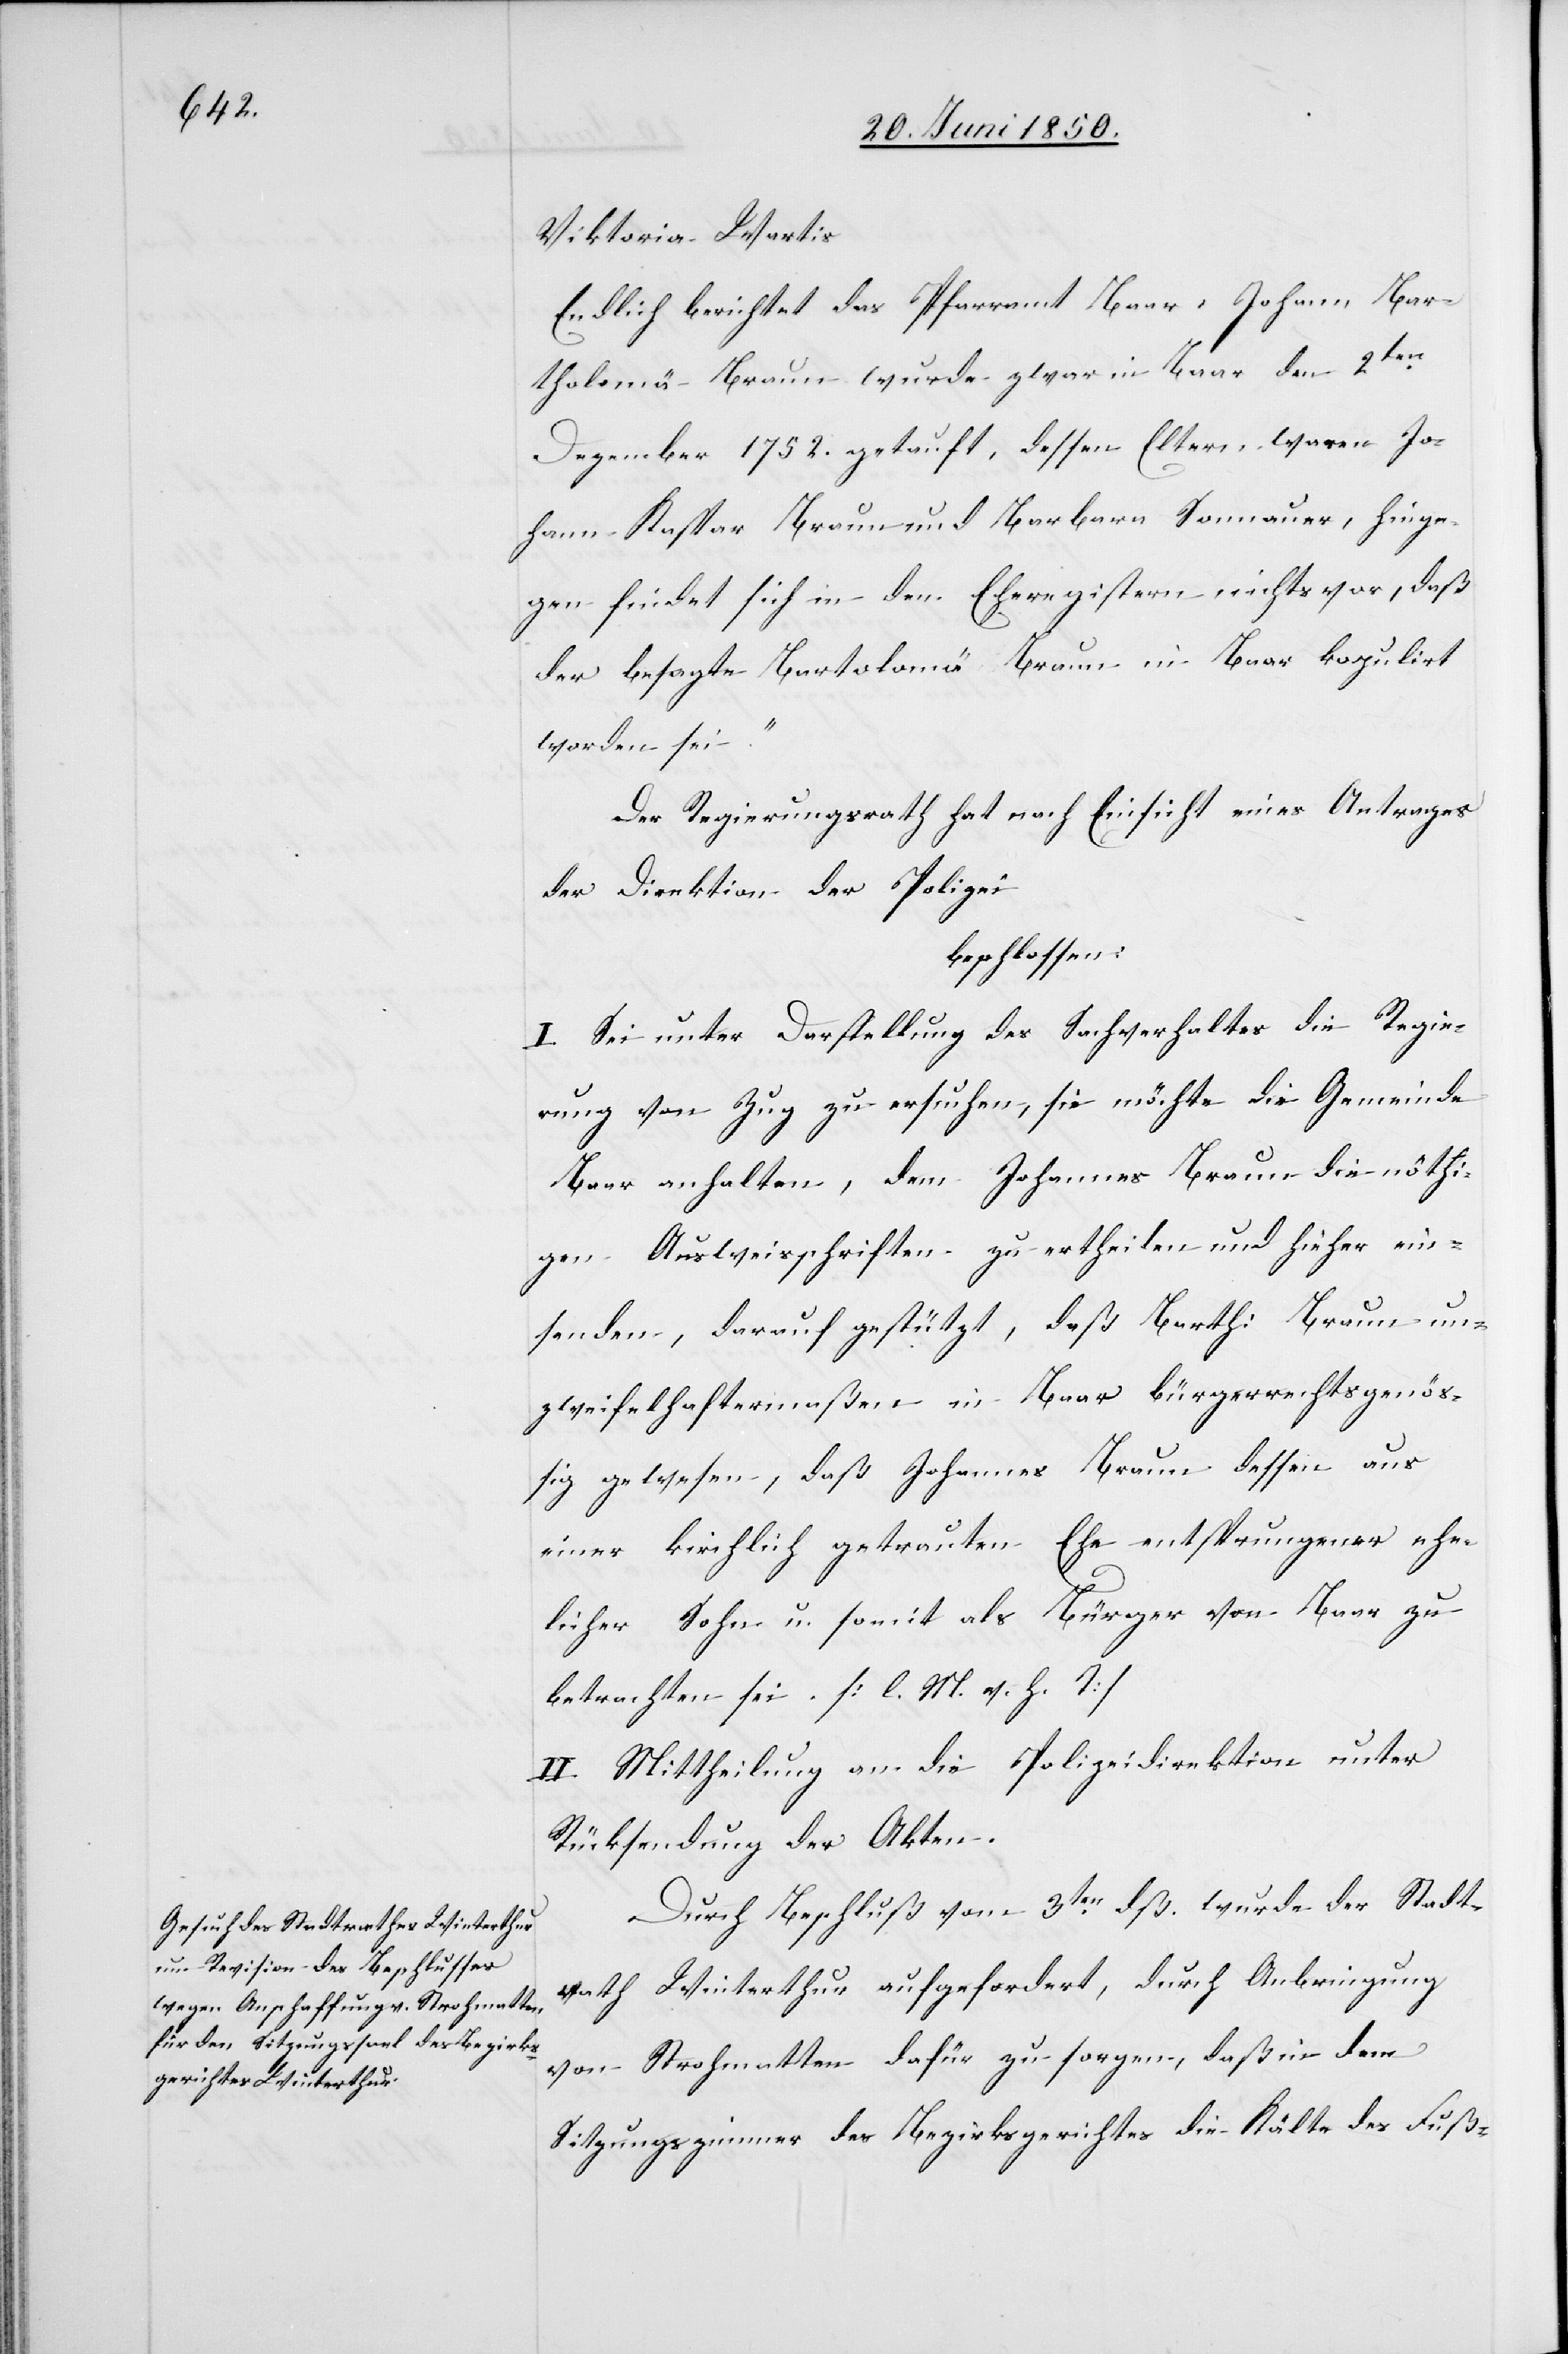
Viktoria Wartis
Endlich berichtet das Pfarramt Baar: Johann Bar¬
tholemä Braun wurde zwar in Baar den 2ten
Dezember 1752. getauft, dessen Eltern waren Jo¬
hann Kaspar Braun und Barbara Sonnauer, hinge¬
gen findet sich in den Eheregistern nichts vor, daß
der besagte Bartolomä Braun in Baar kopulirt
worden sei.“
Der Regierungsrath hat nach Einsicht eines Antrages
der Direktion der Polizei
beschlossen:
I. Sei unter Darstellung des Sachverhaltes die Regie¬
rung von Zug zu ersuchen, sie möchte die Gemeinde
Baar anhalten, dem Johannes Braun die nöthi¬
gen Ausweisschriften zu ertheilen und hieher ein¬
senden, darauf gestützt, daß Barth: Braun un¬
zweifelhaftermaßen in Baar bürgerrechtsgenöß¬
ig gewesen, daß Johannes Braun dessen aus
einer kirchlich getrauten Ehe entsprungener ehe¬
licher Sohn u. somit als Bürger von Baar zu
betrachten sei. [l. M. v. h. T]
II. Mittheilung an die Polizeidirektion unter
Rücksendung der Akten.
Durch Beschluß vom 3ten dß. wurde der Stadt¬
rath Winterthur aufgefordert, durch Anbringung
von Strohmatten dafür zu sorgen, daß in dem
Sitzungszimmer des Bezirksgerichtes die Kälte des Fuß-